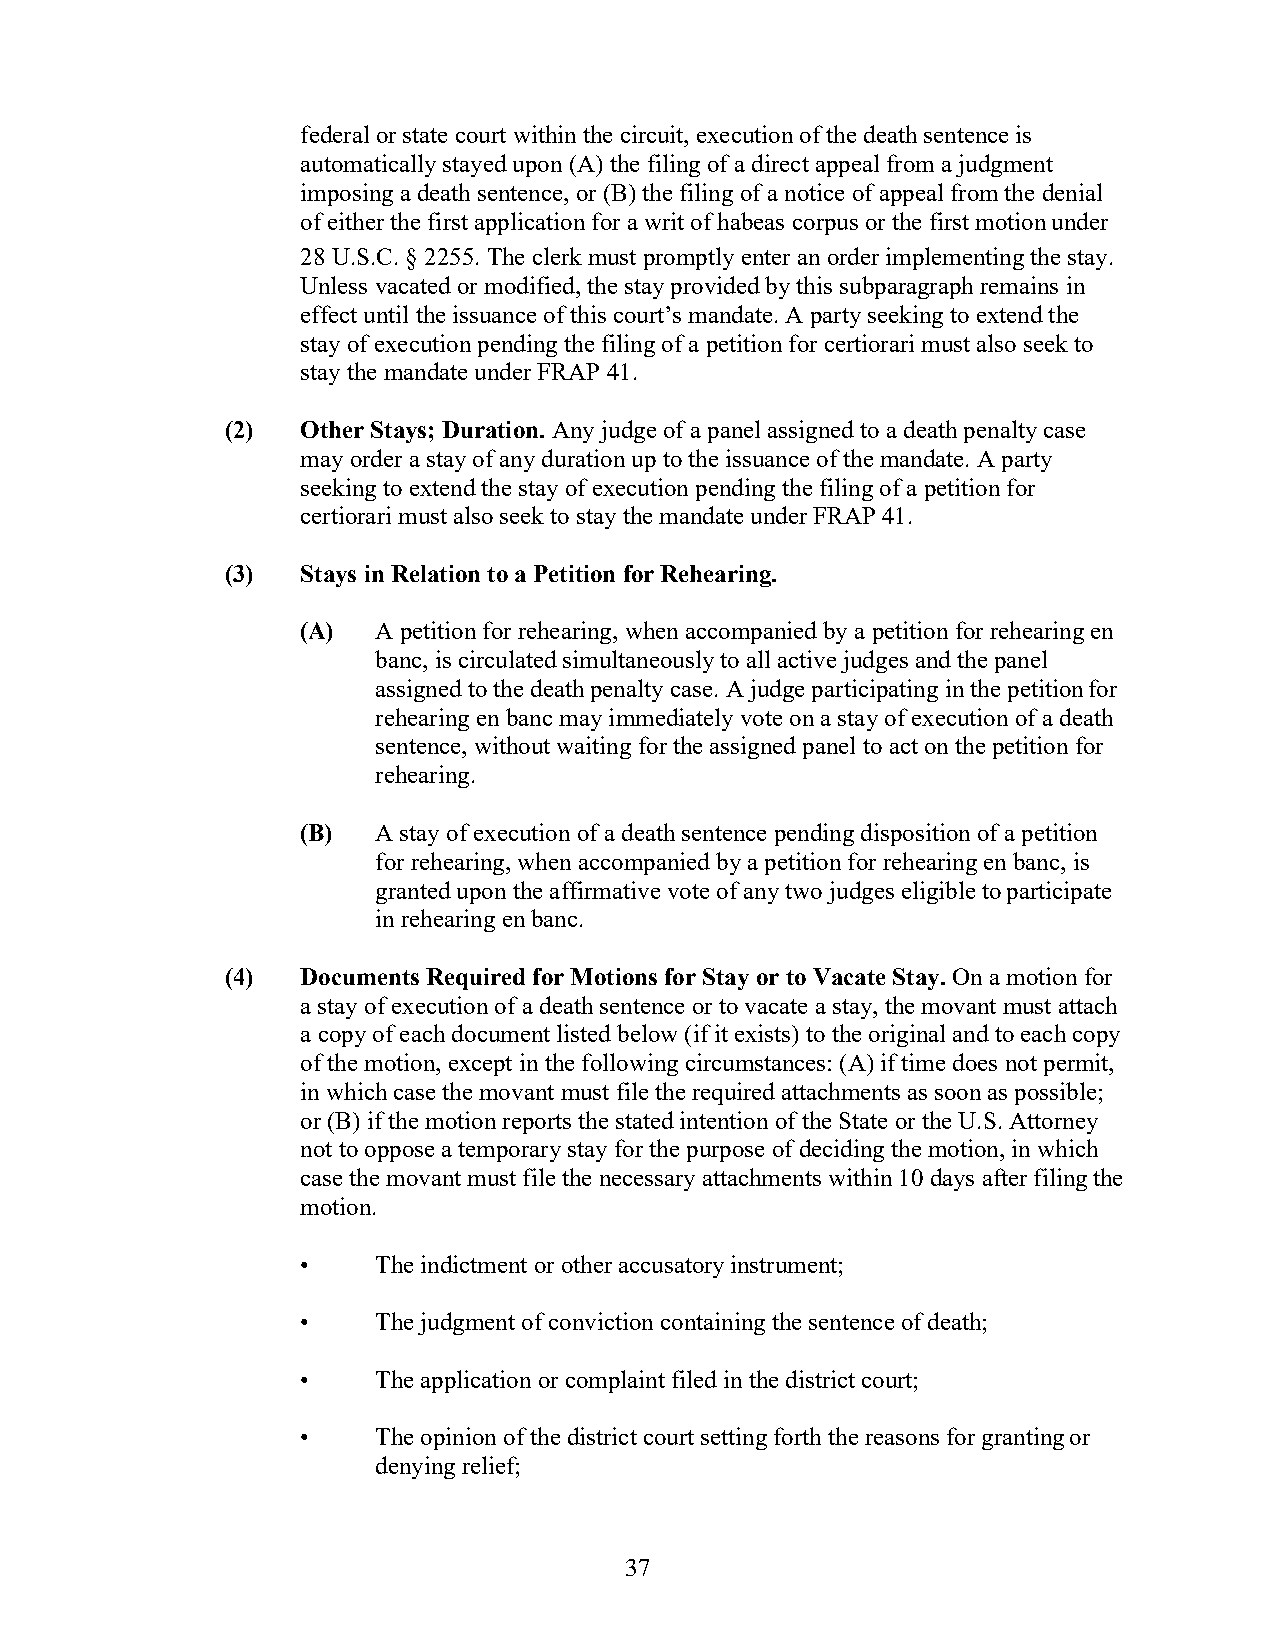
federal or state court within the circuit, execution of the death sentence is
 automatically stayed upon (A) the filing of a direct appeal from a judgment
 imposing a death sentence, or (B) the filing of a notice of appeal from the denial
 of either the first application for a writ of habeas corpus or the first motion under
 28 U.S.C. § 2255. The clerk must promptly enter an order implementing the stay.
 Unless vacated or modified, the stay provided by this subparagraph remains in
 effect until the issuance of this court’s mandate. A party seeking to extend the
 stay of execution pending the filing of a petition for certiorari must also seek to
 stay the mandate under FRAP 41.
 (2)  Other Stays; Duration. Any judge of a panel assigned to a death penalty case
 may order a stay of any duration up to the issuance of the mandate. A party
 seeking to extend the stay of execution pending the filing of a petition for
 certiorari must also seek to stay the mandate under FRAP 41.
 (3)  Stays in Relation to a Petition for Rehearing.
 (A)  A petition for rehearing, when accompanied by a petition for rehearing en
 banc, is circulated simultaneously to all active judges and the panel
 assigned to the death penalty case. A judge participating in the petition for
 rehearing en banc may immediately vote on a stay of execution of a death
 sentence, without waiting for the assigned panel to act on the petition for
 rehearing.
 (B)  A stay of execution of a death sentence pending disposition of a petition
 for rehearing, when accompanied by a petition for rehearing en banc, is
 granted upon the affirmative vote of any two judges eligible to participate
 in rehearing en banc.
 (4)  Documents Required for Motions for Stay or to Vacate Stay. On a motion for
 a stay of execution of a death sentence or to vacate a stay, the movant must attach
 a copy of each document listed below (if it exists) to the original and to each copy
 of the motion, except in the following circumstances: (A) if time does not permit,
 in which case the movant must file the required attachments as soon as possible;
 or (B) if the motion reports the stated intention of the State or the U.S. Attorney
 not to oppose a temporary stay for the purpose of deciding the motion, in which
 case the movant must file the necessary attachments within 10 days after filing the
 motion.
 •    The indictment or other accusatory instrument;
 •    The judgment of conviction containing the sentence of death;
 •    The application or complaint filed in the district court;
 •    The opinion of the district court setting forth the reasons for granting or
 denying relief;
 37